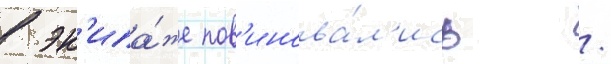
в эк'ипа́же пов'инова́л'ись /